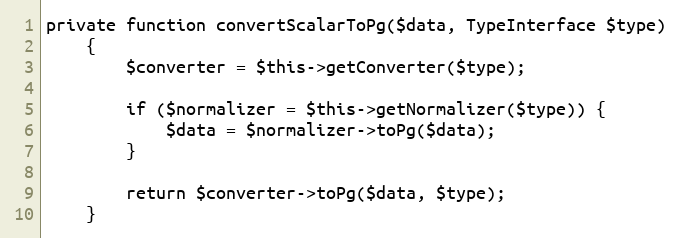
Language: PHP
private function convertScalarToPg($data, TypeInterface $type)
    {
        $converter = $this->getConverter($type);

        if ($normalizer = $this->getNormalizer($type)) {
            $data = $normalizer->toPg($data);
        }

        return $converter->toPg($data, $type);
    }